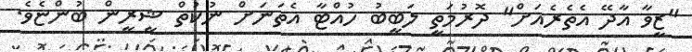
"ޒީވާ އާދޭ އެތެރެއަށް" ދޮރުމަތީ ލަބީބު ހުއްޓާ އެތަނަށް ނުކުތް ޝީރީން ބުންޏެވެ.